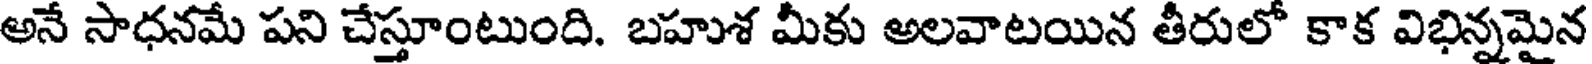
అనే సాధనమే పని చేస్తూంటుంది. బహుశ మీకు అలవాటయిన తీరులో కాక విభిన్నమైన